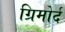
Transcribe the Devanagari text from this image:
ग्रिमोर्द